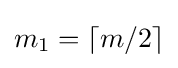
m_{1}=\left\lceil m/2\right\rceil